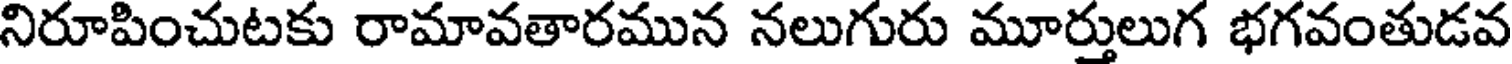
నిరూపించుటకు రామావతారమున నలుగురు మూర్తులుగ భగవంతుడవ